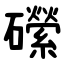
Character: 礯